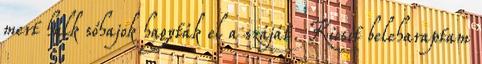
mert halk sóhajok hagyták el a száját. Kicsit beleharaptam